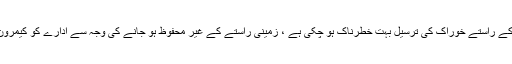
ادارے کے ایک ترجمان الیکسِز مسکیاریلی کے بقول فوج کی نگرانی کے بغیر سڑک کے راستے خوراک کی ترسیل بہت خطرناک ہو چکی ہے ، زمینی راستے کے غیر محفوظ ہو جانے کی وجہ سے ادارے کو کیمرون سے طیاروں کے ذریعے خوراک لےجانا پڑ رہی ہے جو کہ خاصا مہنگا طریقہ ہے۔